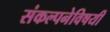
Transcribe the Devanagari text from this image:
संकल्पनेविषयी